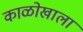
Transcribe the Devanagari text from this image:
काळोखाला